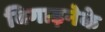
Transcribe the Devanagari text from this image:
बिगाड़नेके